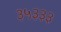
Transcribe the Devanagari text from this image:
३५३३३